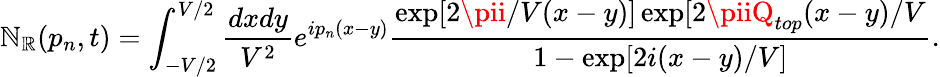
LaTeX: \mathbb{N}_{\mathbb{R}}(p_{n},t)=\int_{-V/2}^{V/2}\frac{{dxdy}}{{V^{2}}}e^{ip_{n}(x-y)}\frac{{\exp[2\pii/V(x-y)]\exp[2\piiQ_{top}(x-y)/V}}{{1-\exp[2i(x-y)/V]}}.